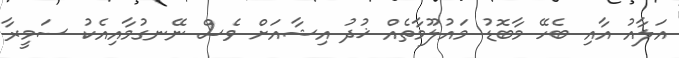
އަލާއު އާއި ބެހޭ މާބޮޑު މައުލޫމާތެއް ޚުދު އިޝާއަށް ވެސް ނޭނގުމާއިއެކު ސަމީރާ